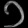
Digit: ၁